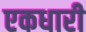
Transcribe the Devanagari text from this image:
एकधारी